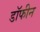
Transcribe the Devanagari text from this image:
डॉफीन